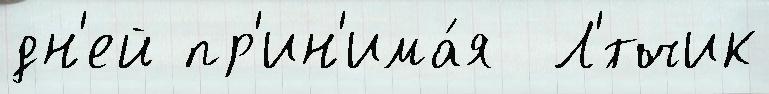
дн'ей пр'ин'има́я  Л'́тчик